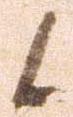
候